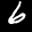
Label: 6